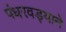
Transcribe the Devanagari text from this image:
पंधरवड्याने